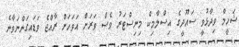
ޝަހީމް ވިދާޅުވީ ސައޫދީގެ އިސްލާމިކް މިނިސްޓަރު ވެސް ވަރަށް އަވަހަށް ރާއްޖެ ވަޑައިގަންނަވާނެ